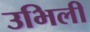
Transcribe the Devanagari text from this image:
उभिली